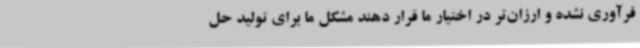
فرآوری نشده و ارزان‌تر در اختیار ما قرار دهند مشکل ما برای تولید حل